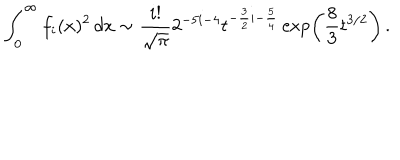
\int _ { 0 } ^ { \infty } f _ { i } ( x ) ^ { 2 } \, d x \sim { \frac { i ! } { \sqrt \pi } } 2 ^ { - 5 i - 4 } t ^ { - { \frac { 3 } { 2 } } i - { \frac { 5 } { 4 } } } \exp \left( { \frac { 8 } { 3 } } t ^ { 3 / 2 } \right) \, .